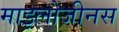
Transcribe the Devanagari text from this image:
माइलोजीनस